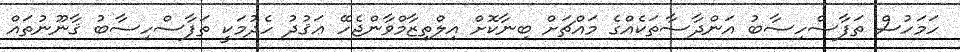
ހަމަހުސް ތަފާސްހިސާބު އަންދާސާތަކެއްގެ މައްޗަށް ބިނާކޮށް އިލްތިޒާމްވާންޖެހޭ ޢަޤުދު ހެދުމަކީ ތަފާސްހިސާބު ޤާނޫނުތައް